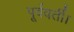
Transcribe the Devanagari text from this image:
पूर्ववर्ती।